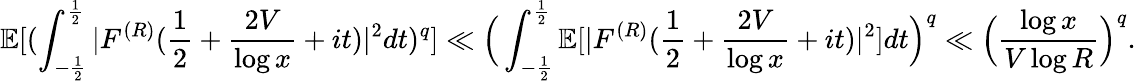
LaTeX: \mathbb E[(\int_{-\frac{1}{2}}^{\frac{1}{2}}|F^{(R)}(\frac{1}{2}+\frac{2V}{\log x}+it)|^{2}dt)^{q}]\ll\Big(\int_{-\frac{1}{2}}^{\frac{1}{2}}\mathbb E[|F^{(R)}(\frac{1}{2}+\frac{2V}{\log x}+it)|^{2}]dt\Big)^{q}\ll\Big(\frac{\log x}{V\log R}\Big)^{q}.